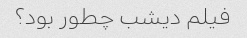
فیلم دیشب چطور بود؟